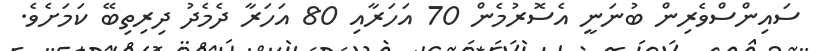
ސައިންސްވެރިން ބުނަނީ އެސޮރުމެން 70 އަހަރާއި 80 އަހަރާ ދެމެދު ދިރިތިބޭ ކަމަށެވެ.